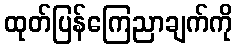
ထုတ်ပြန်ကြေညာချက်ကို